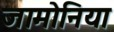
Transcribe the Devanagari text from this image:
जामोनिया